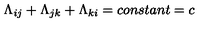
\Lambda _ { i j } + \Lambda _ { j k } + \Lambda _ { k i } = c o n s t a n t = c